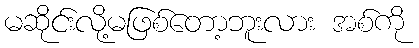
မဆိုင်းလို့မဖြစ်တော့ဘူးလား အစ်ကို